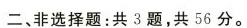
二、非选择题：共3题，共56分。